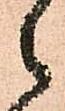
之